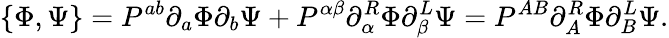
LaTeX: \{ \Phi,\Psi\} =P^{ab}\partial_{a}\Phi\partial_{b}\Psi+P^{\alpha\beta}\partial_{\alpha}^{R}\Phi\partial_{\beta}^{L}\Psi=P^{AB}\partial_{A}^{R}\Phi\partial_{B}^{L}\Psi.